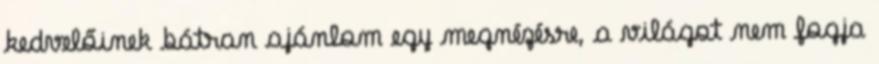
kedvelőinek bátran ajánlom egy megnézésre, a világot nem fogja